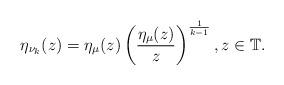
LaTeX: \begin{align*}\eta_{\nu_{k}}(z)=\eta_{\mu}(z)\left(\frac{\eta_{\mu}(z)}{z}\right)^{\frac{1}{k-1}},z\in\mathbb{T}.\end{align*}